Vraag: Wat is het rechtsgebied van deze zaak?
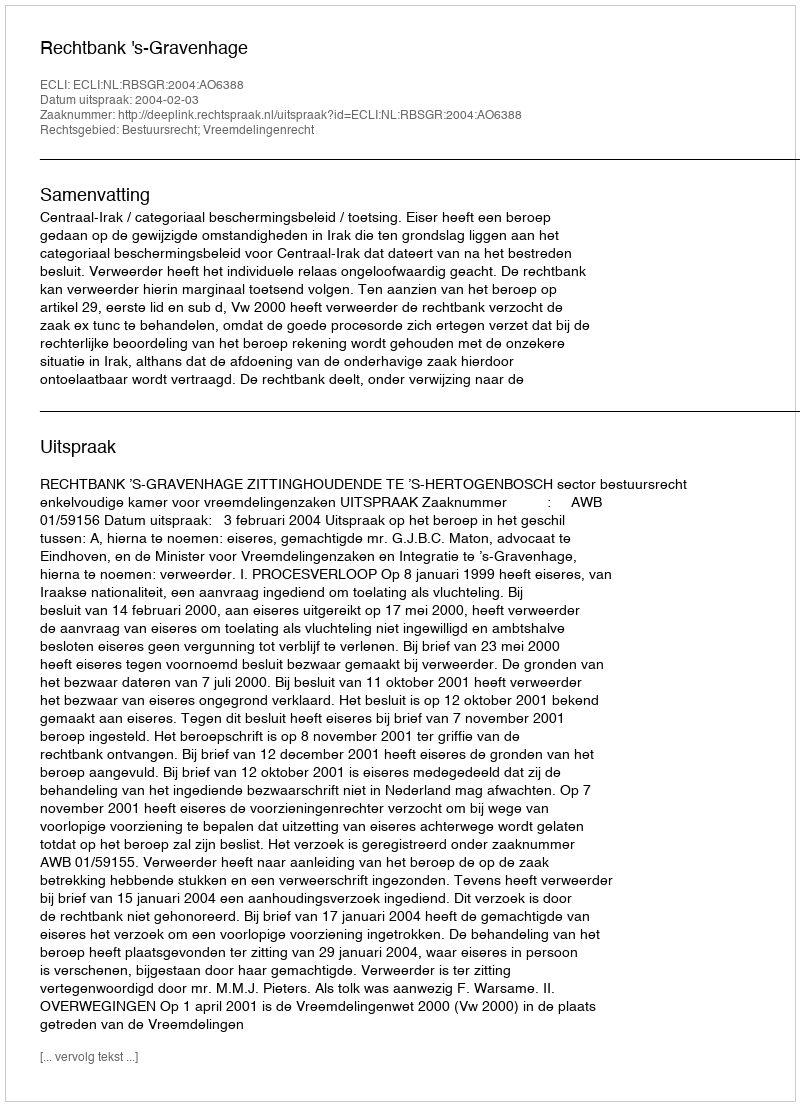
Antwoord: Bestuursrecht; Vreemdelingenrecht